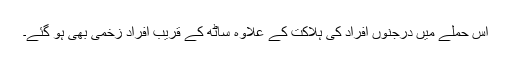
اس حملے میں درجنوں افراد کی ہلاکت کے علاوہ ساٹھ کے قریب افراد زخمی بھی ہو گئے۔